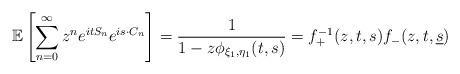
LaTeX: \begin{align*}\mathbb{E}\left[ \sum_{n=0}^{\infty} z^n e^{i t S_n} e^{i {s} \cdot {C}_n} \right]= \frac{1}{1-z \phi_{\xi_1,{\eta_1}}(t,{s})}= f^{-1}_{+}(z, t, s) f_{-}(z, t, \underline{s})\end{align*}